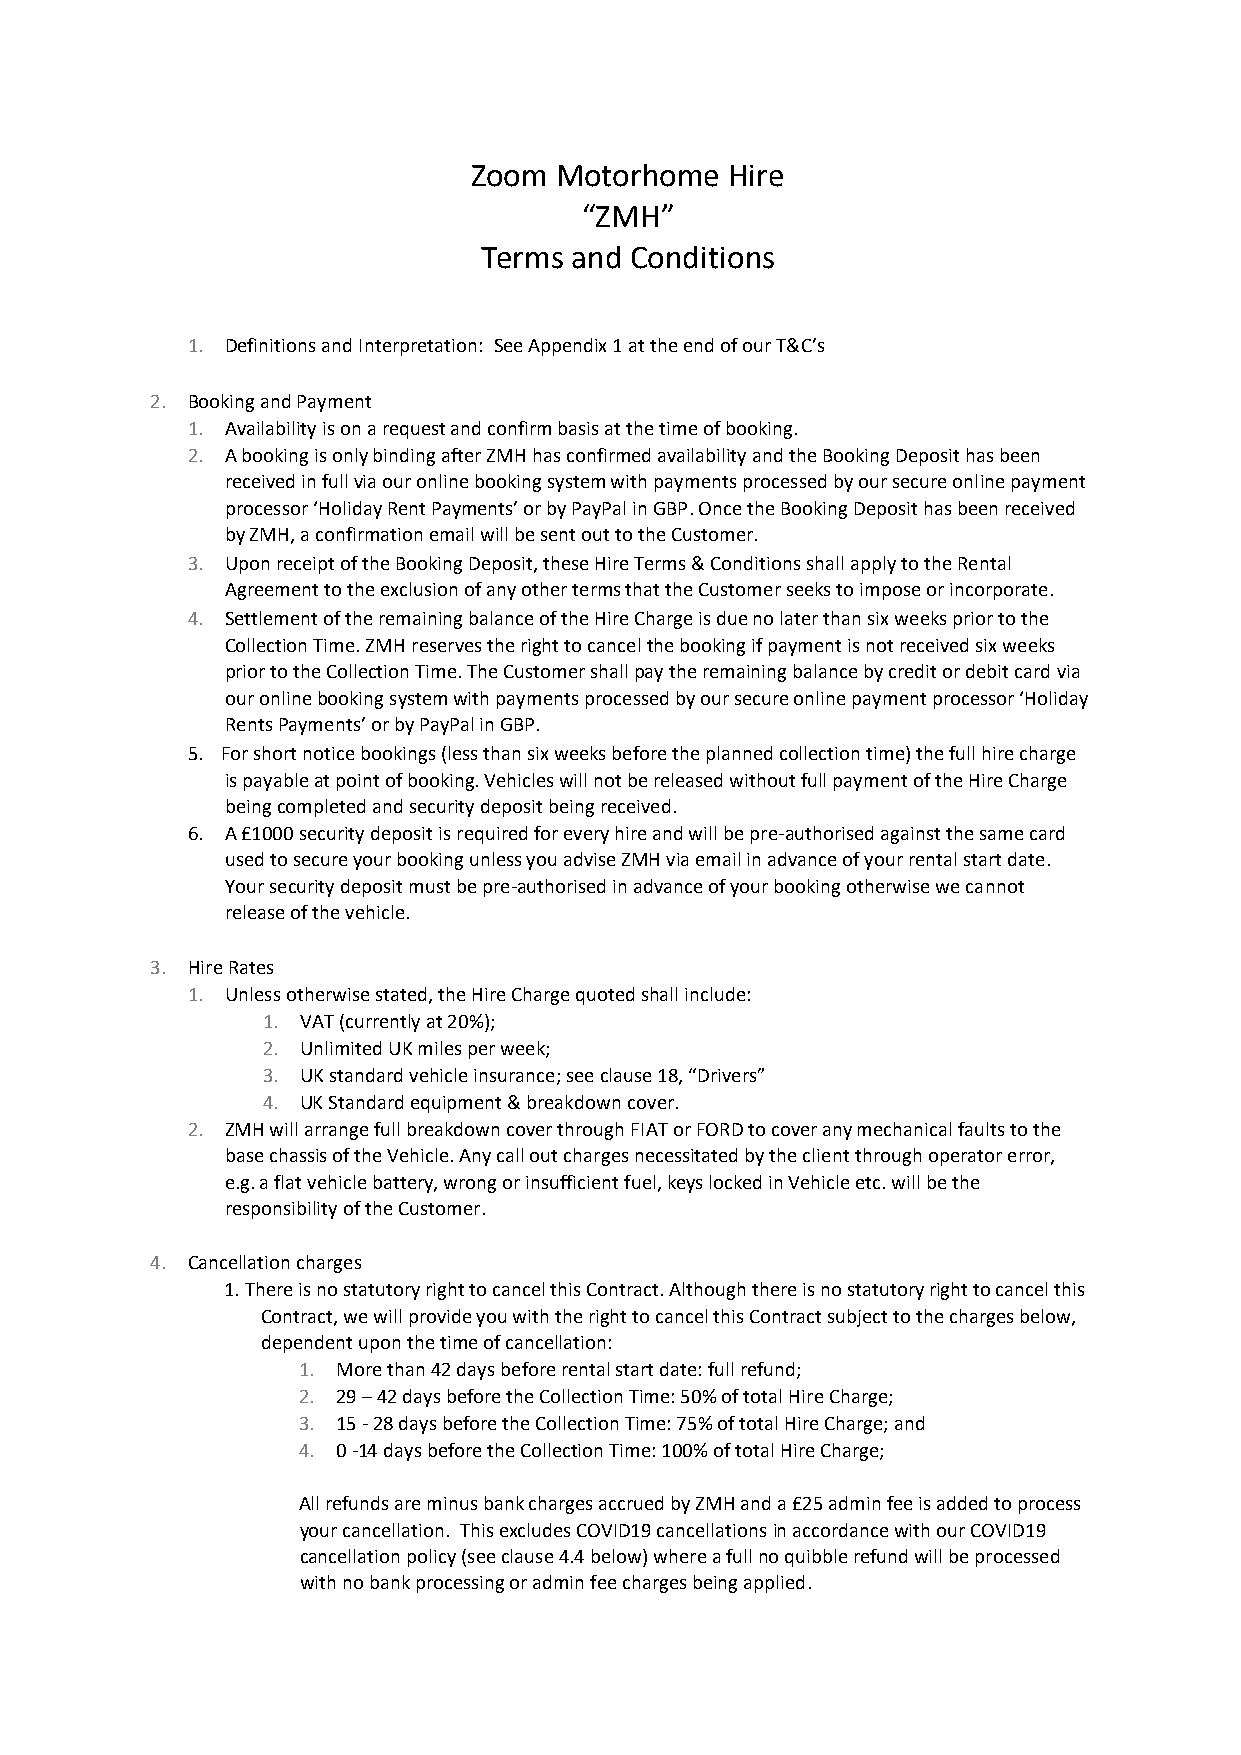
Zoom  Motorhome  Hire
 “ZMH”
 Terms and Conditions
 1. Definitions and Interpretation: See Appendix 1 at the end of our T&C’s
 2. Booking and Payment
 1. Availability is on a request and confirm basis at the time of booking.
 2. A booking is only binding after ZMH has confirmed availability and the Booking Deposit has been
 received in full via our online booking system with payments processed by our secure online payment
 processor ‘Holiday Rent Payments’ or by PayPal in GBP. Once the Booking Deposit has been received
 by ZMH, a confirmation email will be sent out to the Customer.
 3. Upon receipt of the Booking Deposit, these Hire Terms & Conditions shall apply to the Rental
 Agreement to the exclusion of any other terms that the Customer seeks to impose or incorporate.
 4. Settlement of the remaining balance of the Hire Charge is due no later than six weeks prior to the
 Collection Time. ZMH reserves the right to cancel the booking if payment is not received six weeks
 prior to the Collection Time. The Customer shall pay the remaining balance by credit or debit card via
 our online booking system with payments processed by our secure online payment processor ‘Holiday
 Rents Payments’ or by PayPal in GBP.
 5. For short notice bookings (less than six weeks before the planned collection time) the full hire charge
 is payable at point of booking. Vehicles will not be released without full payment of the Hire Charge
 being completed and security deposit being received.
 6. A £1000 security deposit is required for every hire and will be pre-authorised against the same card
 used to secure your booking unless you advise ZMH via email in advance of your rental start date.
 Your security deposit must be pre-authorised in advance of your booking otherwise we cannot
 release of the vehicle.
 3. Hire Rates
 1. Unless otherwise stated, the Hire Charge quoted shall include:
 1. VAT (currently at 20%);
 2. Unlimited UK miles per week;
 3. UK standard vehicle insurance; see clause 18, “Drivers”
 4. UK Standard equipment & breakdown cover.
 2. ZMH will arrange full breakdown cover through FIAT or FORD to cover any mechanical faults to the
 base chassis of the Vehicle. Any call out charges necessitated by the client through operator error,
 e.g. a flat vehicle battery, wrong or insufficient fuel, keys locked in Vehicle etc. will be the
 responsibility of the Customer.
 4. Cancellation charges
 1. There is no statutory right to cancel this Contract. Although there is no statutory right to cancel this
 Contract, we will provide you with the right to cancel this Contract subject to the charges below,
 dependent upon the time of cancellation:
 1. More than 42 days before rental start date: full refund;
 2. 29 – 42 days before the Collection Time: 50% of total Hire Charge;
 3. 15 - 28 days before the Collection Time: 75% of total Hire Charge; and
 4. 0 -14 days before the Collection Time: 100% of total Hire Charge;
 All refunds are minus bank charges accrued by ZMH and a £25 admin fee is added to process
 your cancellation. This excludes COVID19 cancellations in accordance with our COVID19
 cancellation policy (see clause 4.4 below) where a full no quibble refund will be processed
 with no bank processing or admin fee charges being applied.